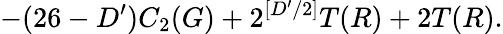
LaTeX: -(26-D^{\prime})C_{2}(G)+2^{[D^{\prime}/2]}T(R)+2T(R).